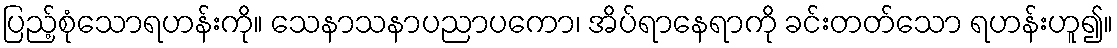
ပြည့်စုံသောရဟန်းကို။ သေနာသနာပညာပကော၊ အိပ်ရာနေရာကို ခင်းတတ်သော ရဟန်းဟူ၍။